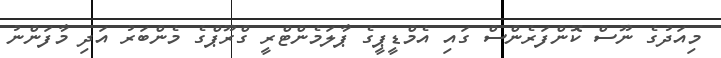
މިއަދުގެ ނޫސް ކޮންފަރެންސް ގައި އެމްޑީޕީގެ ޕާލަމެންޓްރީ ގްރޫޕްގެ މެންބަރު އަދި މާފަންނު